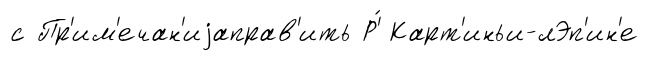
с Пр'им'ечан'иjаправ'ить Р'́ Карт'иньи-лЭп'ин'е